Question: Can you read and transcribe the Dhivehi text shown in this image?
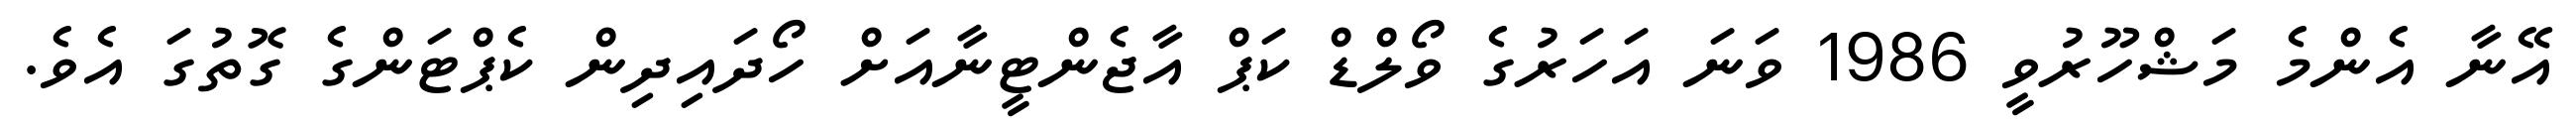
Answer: އޭނާ އެންމެ މަޝްހޫރުވީ 1986 ވަނަ އަހަރުގެ ވޯލްޑް ކަޕް އާޖެންޓީނާއަށް ހޯދައިދިން ކެޕްޓަންގެ ގޮތުގަ އެވެ.